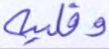
وقلبه